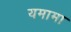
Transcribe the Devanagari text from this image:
यमामा